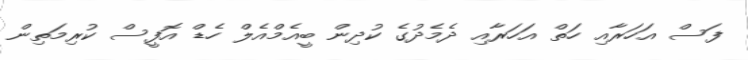
ފަސް އަހަރާއި ހަތް އަހަރާއި ދެމެދުގެ ކުދިން ބީއެމްއެލް ހެޑް އޮފީސް ކުރިމަތިން